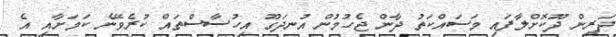
ދަރިން ދޫކޮށްލާފައި މަސައްކަތު ދާން ޖެހުމުން އުނދަގޫ އިހުސާސްތައް ކުރެވޭނެ ކަމަށާއި އެ